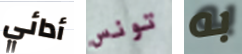
أدائي تونس به